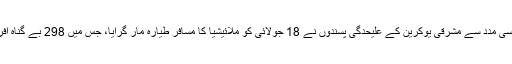
اُن کے بقول، روسی مدد سے مشرقی یوکرین کے علیحدگی پسندوں نے 18 جولائی کو ملائیشیا کا مسافر طیارہ مار گرایا، جس میں 298 بے گناہ افراد لقمہٴ اجل بنے۔